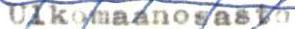
Ulkomaanosasto